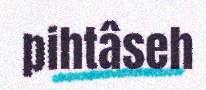
pihtâseh